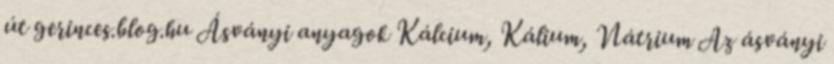
út gerinces.blog.hu Ásványi anyagok Kálcium, Kálium, Nátrium Az ásványi